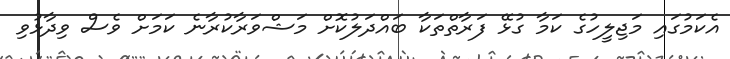
އެކަމުގައި މަޖިލީހުގެ ކަމާ ގުޅޭ ފަރާތްތަކާ ބައްދަލުކޮށް މަޝްވަރާކުރާނެ ކަމަށް ވެސް ވިދާޅުވި